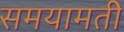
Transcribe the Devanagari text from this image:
समयामती